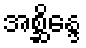
အစ္ဆိန္ဒေ